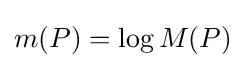
m(P)=\log M(P)